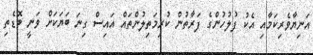
އަނިޔާވެރިކަމާއި އެކު ފުލުހުންގެ ފަރާތުން ކުރިމަތިލުންތައް އައިސް ގިނަ ބަޔަކަށް ވަނީ ބޮޑެތި